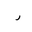
Letter: _ra